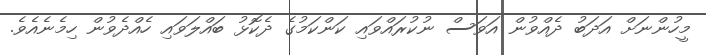
މީހުންނަށް އަދަބު ދެއްވުން އަވަސް ނުކުރައްވައި ކަންކަމުގެ ދެކޮޅު ބައްލަވައި ހެއްދެވުން ހިމެނެއެވެ.